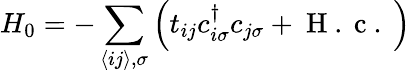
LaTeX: H_{0}=-\sum_{\langle ij\rangle,\sigma}\left(t_{ij}c_{i\sigma}^{\dagger}c_{j\sigma}+\mathrm{~H~.~c~.~}\right)